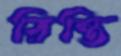
রিন্তি